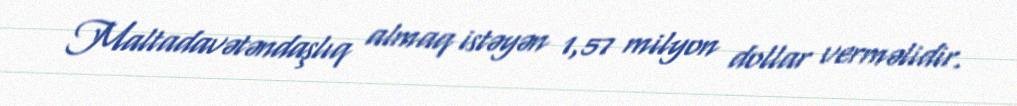
Maltadavətəndaşlıq almaq istəyən 1,57 milyon dollar verməlidir.